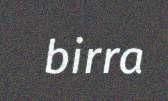
birra